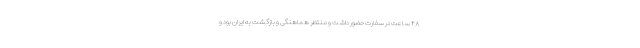
۴۸ ساعت در سفارت حضور داشت و منتظر هماهنگی و بازگشت به ایران بود و